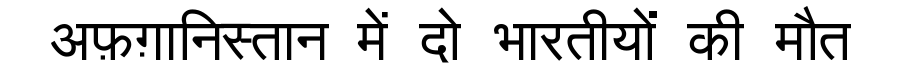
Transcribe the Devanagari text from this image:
अफ़ग़ानिस्तान में दो भारतीयों की मौत